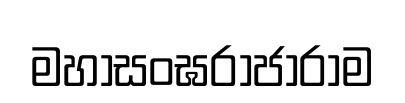
මහාසංඝරාජාරාම